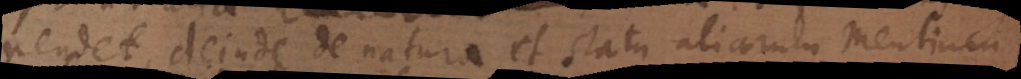
pendet, deinde de natura et statu aliarum mentium,